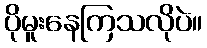
ပိုမူးနေကြသလိုပဲ။